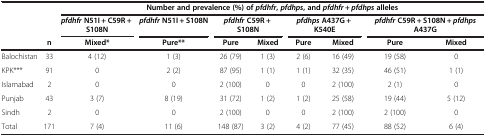
|  |  | <COLSPAN=8> Number and prevalence (%) ofpfdhfr,pfdhps, andpfdhfr + pfdhpsalleles |
 |  |  | pfdhfrN51I + C59R + S108N | pfdhfrN51I + S108N | <COLSPAN=2> pfdhfrC59R + S108N | <COLSPAN=2> pfdhpsA437G + K540E | <COLSPAN=2> pfdhfrC59R + S108N + pfdhpsA437G |
 |  | n | Mixed* | Pure** | Pure | Mixed | Pure | Mixed | Pure | Mixed |
 | --- | --- | --- | --- | --- | --- | --- | --- | --- | --- |
 | Balochistan | 33 | 4 (12) | 1 (3) | 26 (79) | 1 (3) | 2 (6) | 16 (49) | 19 (58) | 0 |
 | KPK*** | 91 | 0 | 2 (2) | 87 (95) | 1 (1) | 1 (1) | 32 (35) | 46 (51) | 1 (1) |
 | Islamabad | 2 | 0 | 0 | 2 (100) | 0 | 0 | 2 (100) | 2 (1) | 0 |
 | Punjab | 43 | 3 (7) | 8 (19) | 31 (72) | 1 (2) | 1 (2) | 25 (58) | 19 (44) | 5 (12) |
 | Sindh | 2 | 0 | 0 | 2 (100) | 0 | 0 | 2 (100) | 2 (100) | 0 |
 | Total | 171 | 7 (4) | 11 (6) | 148 (87) | 3 (2) | 4 (2) | 77 (45) | 88 (52) | 6 (4) |